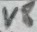
Text: V8